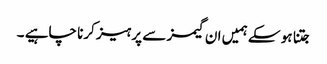
جتنا ہو سکے ہمیں ان گیمز سے پرہیز کرنا چاہیے ۔